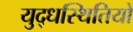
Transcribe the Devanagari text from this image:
युद्धस्थितियों